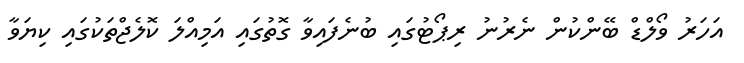
އަހަރު ވޯލްޑް ބޭންކުން ނެރުނު ރިޕޯޓުގައި ބުނެފައިވާ ގޮތުގައި އަމިއްލަ ކޮލެޖްތަކުގައި ކިޔަވާ